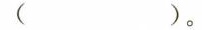
( )。